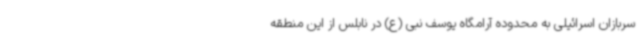
سربازان اسرائیلی به محدوده آرامگاه یوسف نبی (ع) در نابلس از این منطقه